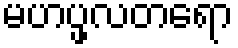
မဟပ္ဖလတရော